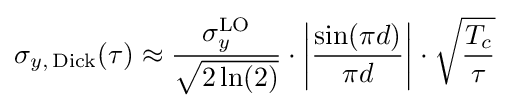
\sigma _{y,\,{\rm {Dick}}}(\tau )\approx {\frac {\sigma _{y}^{\rm {LO}}}{\sqrt {2\ln(2)}}}\cdot \left|{\frac {\sin(\pi d)}{\pi d}}\right|\cdot {\sqrt {\frac {T_{c}}{\tau }}}